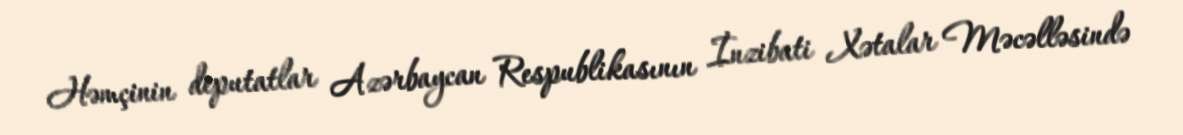
Həmçinin deputatlar Azərbaycan Respublikasının İnzibati Xətalar Məcəlləsində